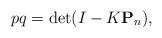
\begin{align*}pq=\det(I-K\mathbf{P}_n),\end{align*}